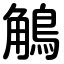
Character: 鵤